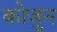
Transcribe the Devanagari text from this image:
कोजुन